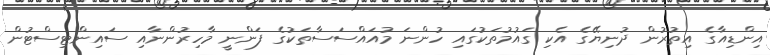
އިންޑިއާގެ އިތުރުން ދުނިޔޭގެ އެކި ގައުމުތަކުގައި ހުންނަ މުއައްސަސާތަކުގެ ފަންނީ މާހިރުންނާއި ސައިންޓިސްޓުން